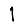
Digit: 1